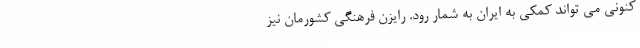
کنونی می تواند کمکی به ایران به شمار رود. رایزن فرهنگی کشورمان نیز